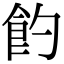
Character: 𩚈